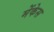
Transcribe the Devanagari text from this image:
मेंकेस